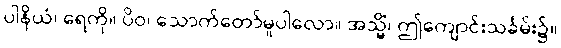
ပါနိယံ၊ ရေကို။ ပိဝ၊ သောက်တော်မူပါလော။ အသ္မိံ၊ ဤကျောင်းသင်္ခမ်း၌။